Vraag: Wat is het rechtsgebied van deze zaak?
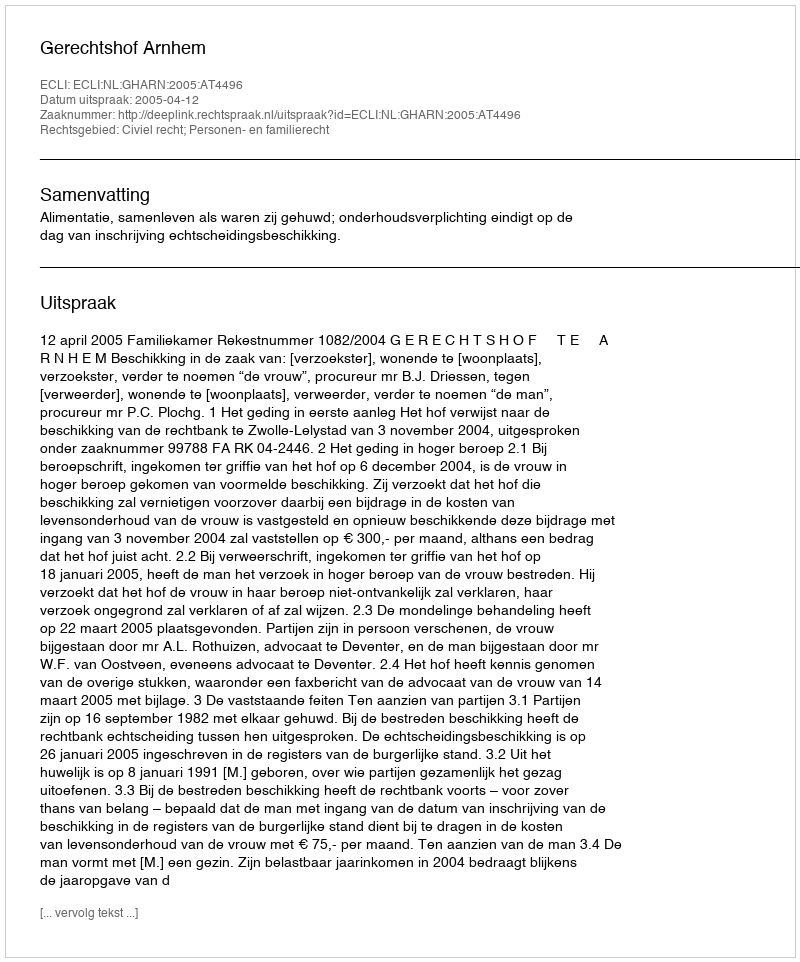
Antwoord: Civiel recht; Personen- en familierecht